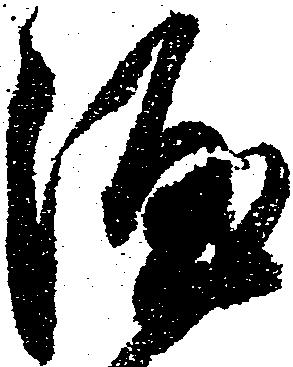
涯